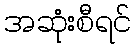
အဆုံးစီရင်